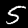
Label: 5